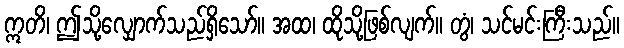
ဣတိ၊ ဤသို့လျှောက်သည်ရှိသော်။ အထ၊ ထိုသို့ဖြစ်လျက်။ တွံ၊ သင်မင်းကြီးသည်။